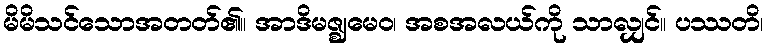
မိမိသင်သောအတတ်၏။ အာဒိမဇ္ဈမေဝ၊ အစအလယ်ကို သာလျှင်။ ပဿတိ၊